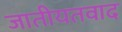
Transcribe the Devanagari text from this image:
जातीयतवाद